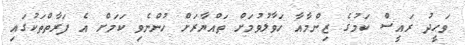
ވަޙީދު ރައީސް ކަމުގެ ޒިންމާއާ ހަވާލުވުމަށް ތައްޔާރަށް ހުންނެވި ކަމަށް އެ ފަރާތްތަކުގައި